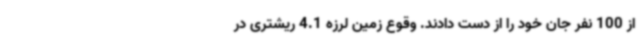
از 100 نفر جان خود را از دست دادند. وقوع زمین لرزه 4.1 ریشتری در